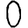
Digit: 0